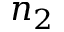
n _ { 2 }